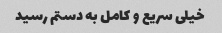
خیلی سریع و کامل به دستم رسید